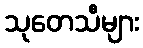
သုတေသီများ